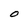
Character: O